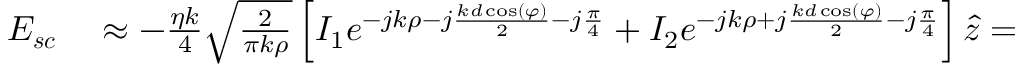
\begin{array} { r l } { \boldsymbol { E _ { s c } } } & { { } \approx - \frac { \eta k } { 4 } \sqrt { \frac { 2 } { \pi k \rho } } \left[ I _ { 1 } e ^ { - j k \rho - j \frac { k d \cos ( \varphi ) } { 2 } - j \frac { \pi } { 4 } } + I _ { 2 } e ^ { - j k \rho + j \frac { k d \cos ( \varphi ) } { 2 } - j \frac { \pi } { 4 } } \right] \hat { z } = } \end{array}